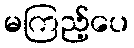
မကြည့်ပေ